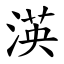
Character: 渶